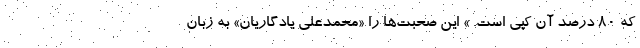
که ۸۰ درصد آن کپی است. » این صحبت‌ها را «محمدعلی یادگاریان» به زبان